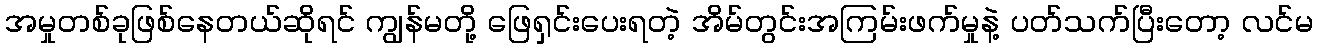
အမှုတစ်ခုဖြစ်နေတယ်ဆိုရင် ကျွန်မတို့ ဖြေရှင်းပေးရတဲ့ အိမ်တွင်းအကြမ်းဖက်မှုနဲ့ ပတ်သက်ပြီးတော့ လင်မ